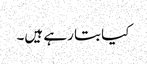
کیا بتا رہے ہیں۔